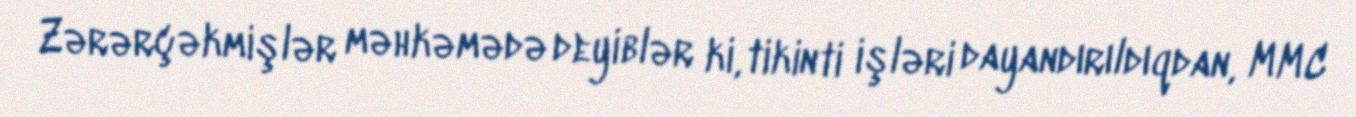
Zərərçəkmişlər məhkəmədə deyiblər ki, tikinti işləri dayandırıldıqdan, MMC